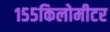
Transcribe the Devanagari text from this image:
१५५किलोमीटर